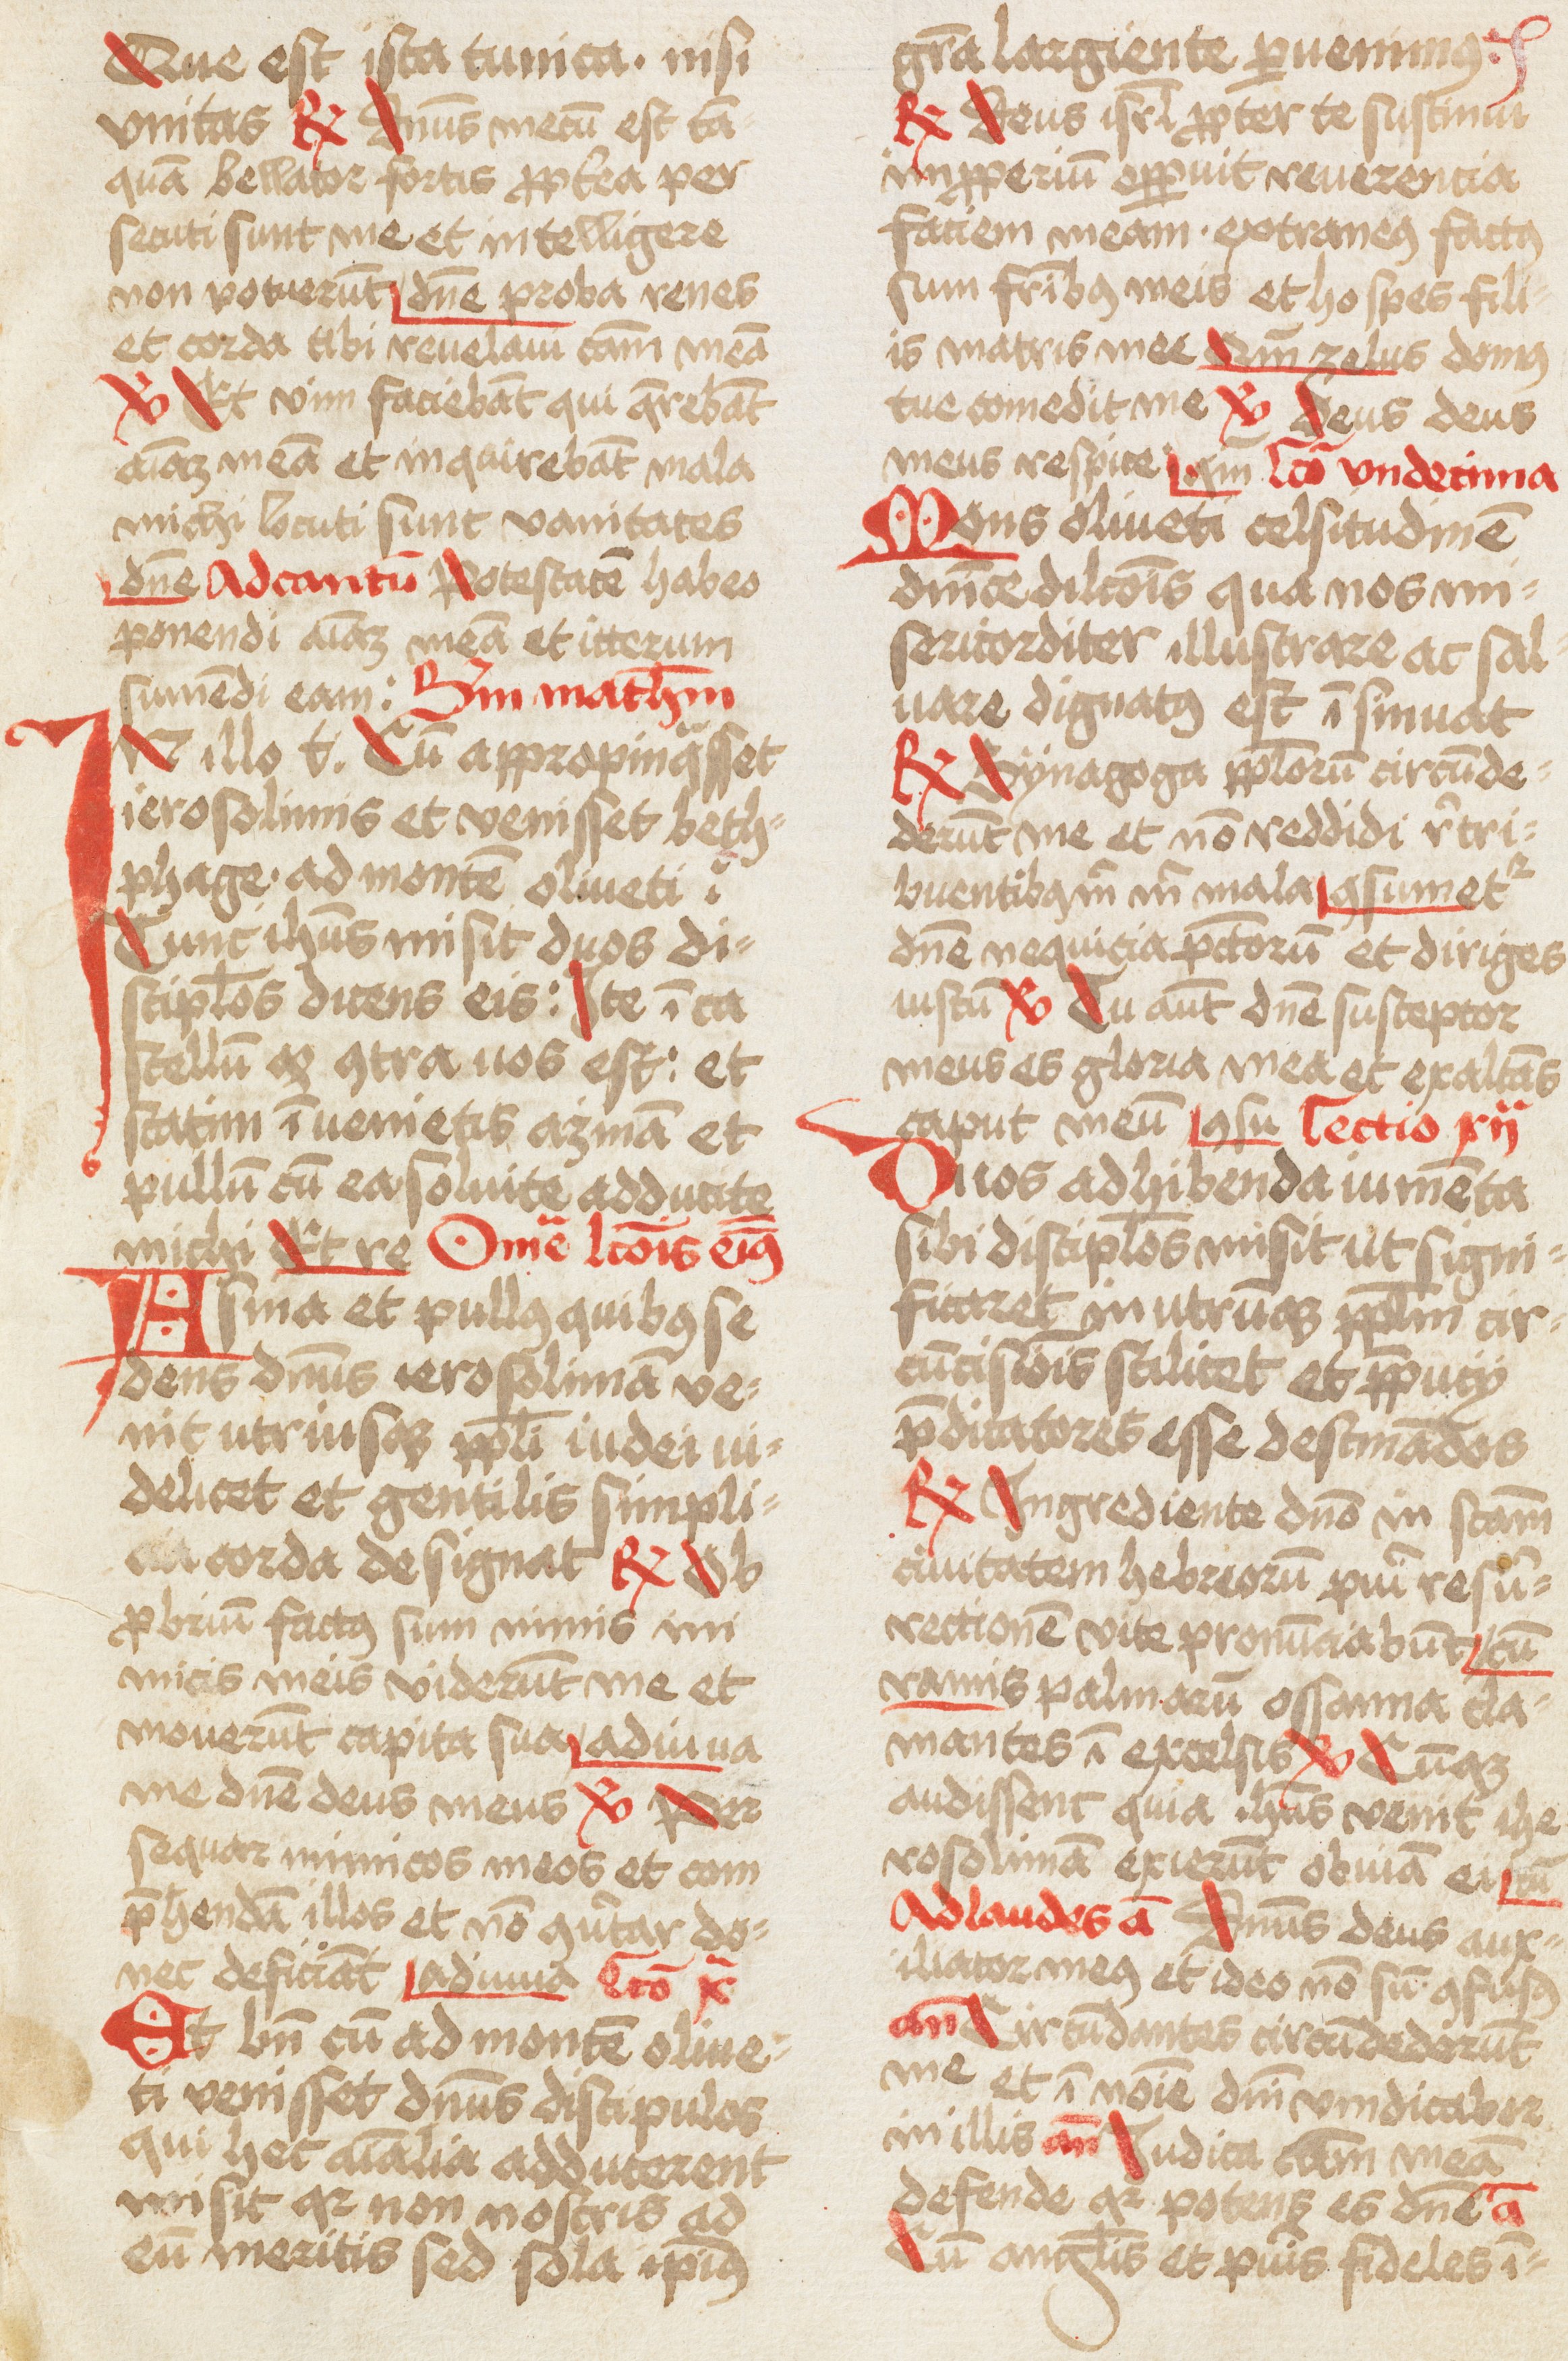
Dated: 1466–1466